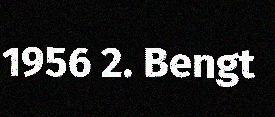
1956 2. Bengt